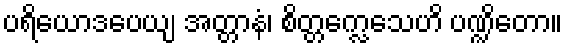
ပရိယောဒပေယျ အတ္တာနံ၊ စိတ္တက္လေသေဟိ ပဏ္ဍိတော။